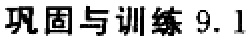
巩固与训练 9.1